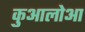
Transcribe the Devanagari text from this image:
कुआलोआ